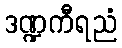
ဒဏ္ဍကီရညံ